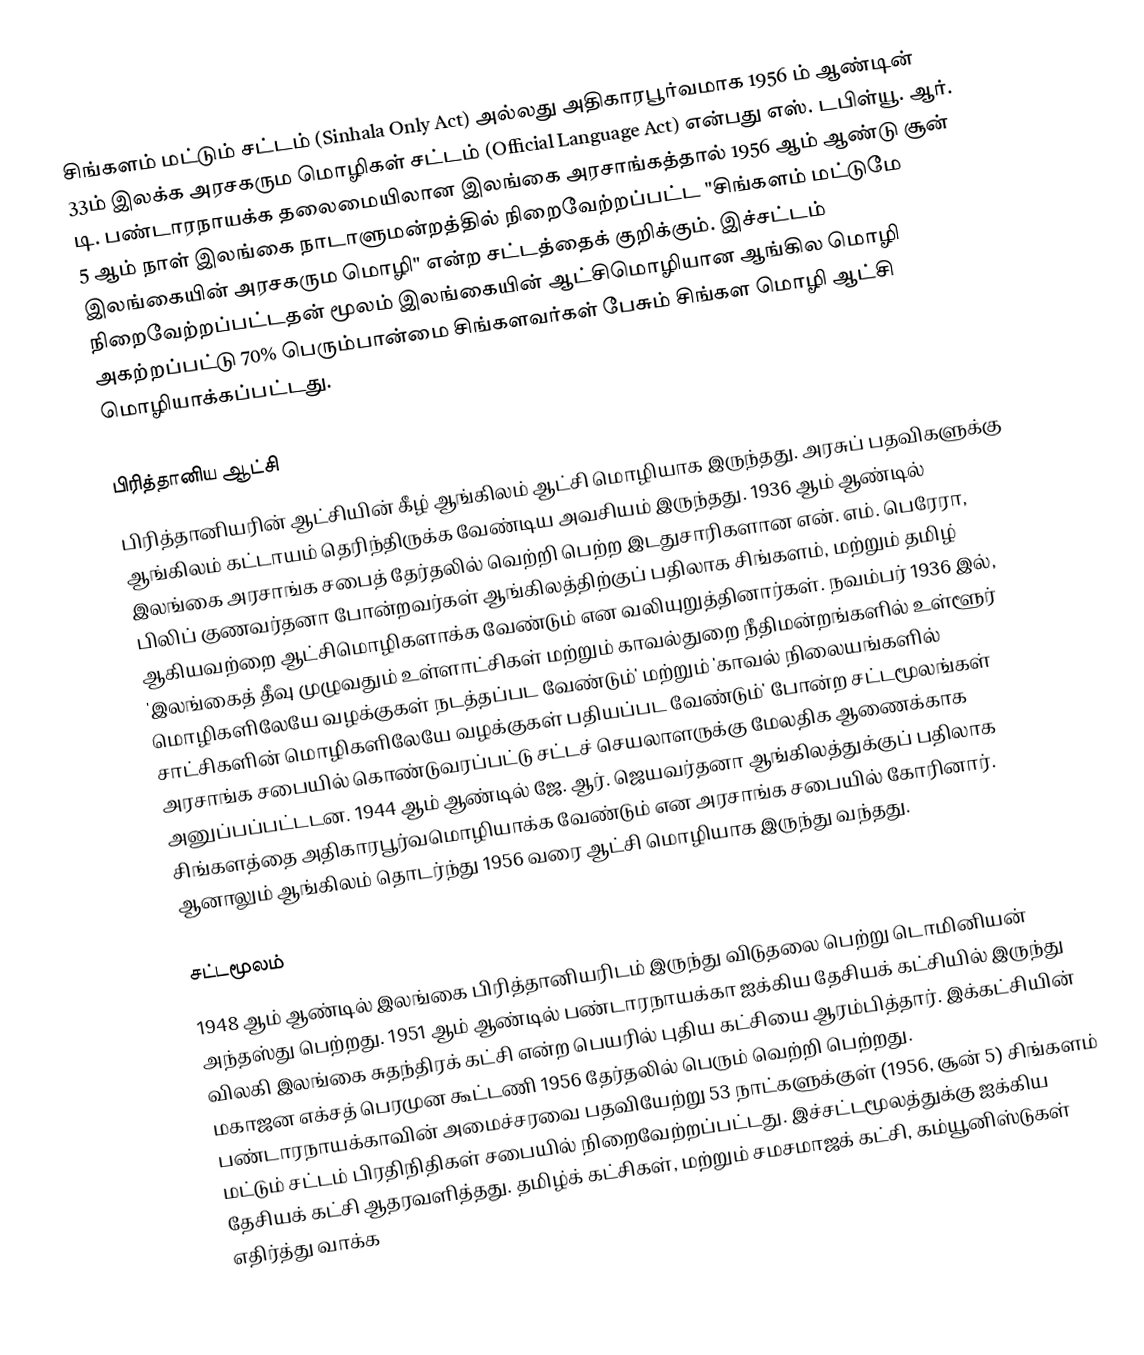
சிங்களம் மட்டும் சட்டம் (Sinhala Only Act) அல்லது அதிகாரபூர்வமாக 1956 ம் ஆண்டின் 33ம் இலக்க அரசகரும மொழிகள் சட்டம் (Official Language Act) என்பது எஸ். டபிள்யூ. ஆர். டி. பண்டாரநாயக்க தலைமையிலான இலங்கை அரசாங்கத்தால் 1956 ஆம் ஆண்டு சூன் 5 ஆம் நாள் இலங்கை நாடாளுமன்றத்தில் நிறைவேற்றப்பட்ட "சிங்களம் மட்டுமே இலங்கையின் அரசகரும மொழி" என்ற சட்டத்தைக் குறிக்கும். இச்சட்டம் நிறைவேற்றப்பட்டதன் மூலம் இலங்கையின் ஆட்சிமொழியான ஆங்கில மொழி அகற்றப்பட்டு 70% பெரும்பான்மை சிங்களவர்கள் பேசும் சிங்கள மொழி ஆட்சி மொழியாக்கப்பட்டது.

பிரித்தானிய ஆட்சி
பிரித்தானியரின் ஆட்சியின் கீழ் ஆங்கிலம் ஆட்சி மொழியாக இருந்தது. அரசுப் பதவிகளுக்கு ஆங்கிலம் கட்டாயம் தெரிந்திருக்க வேண்டிய அவசியம் இருந்தது. 1936 ஆம் ஆண்டில் இலங்கை அரசாங்க சபைத் தேர்தலில் வெற்றி பெற்ற இடதுசாரிகளான என். எம். பெரேரா, பிலிப் குணவர்தனா போன்றவர்கள் ஆங்கிலத்திற்குப் பதிலாக சிங்களம், மற்றும் தமிழ் ஆகியவற்றை ஆட்சிமொழிகளாக்க வேண்டும் என வலியுறுத்தினார்கள். நவம்பர் 1936 இல், 'இலங்கைத் தீவு முழுவதும் உள்ளாட்சிகள் மற்றும் காவல்துறை நீதிமன்றங்களில் உள்ளூர் மொழிகளிலேயே வழக்குகள் நடத்தப்பட வேண்டும்' மற்றும் 'காவல் நிலையங்களில் சாட்சிகளின் மொழிகளிலேயே வழக்குகள் பதியப்பட வேண்டும்' போன்ற சட்டமூலங்கள் அரசாங்க சபையில் கொண்டுவரப்பட்டு சட்டச் செயலாளருக்கு மேலதிக ஆணைக்காக அனுப்பப்பட்டடன. 1944 ஆம் ஆண்டில் ஜே. ஆர். ஜெயவர்தனா ஆங்கிலத்துக்குப் பதிலாக சிங்களத்தை அதிகாரபூர்வமொழியாக்க வேண்டும் என அரசாங்க சபையில் கோரினார். ஆனாலும் ஆங்கிலம் தொடர்ந்து 1956 வரை ஆட்சி மொழியாக இருந்து வந்தது.

சட்டமூலம்
1948 ஆம் ஆண்டில் இலங்கை பிரித்தானியரிடம் இருந்து விடுதலை பெற்று டொமினியன் அந்தஸ்து பெற்றது. 1951 ஆம் ஆண்டில் பண்டாரநாயக்கா ஐக்கிய தேசியக் கட்சியில் இருந்து விலகி இலங்கை சுதந்திரக் கட்சி என்ற பெயரில் புதிய கட்சியை ஆரம்பித்தார். இக்கட்சியின் மகாஜன எக்சத் பெரமுன கூட்டணி 1956 தேர்தலில் பெரும் வெற்றி பெற்றது. பண்டாரநாயக்காவின் அமைச்சரவை பதவியேற்று 53 நாட்களுக்குள் (1956, சூன் 5) சிங்களம் மட்டும் சட்டம் பிரதிநிதிகள் சபையில் நிறைவேற்றப்பட்டது. இச்சட்டமூலத்துக்கு ஐக்கிய தேசியக் கட்சி ஆதரவளித்தது. தமிழ்க் கட்சிகள், மற்றும் சமசமாஜக் கட்சி, கம்யூனிஸ்டுகள் எதிர்த்து வாக்க